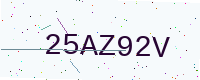
Text: 25AZ92V